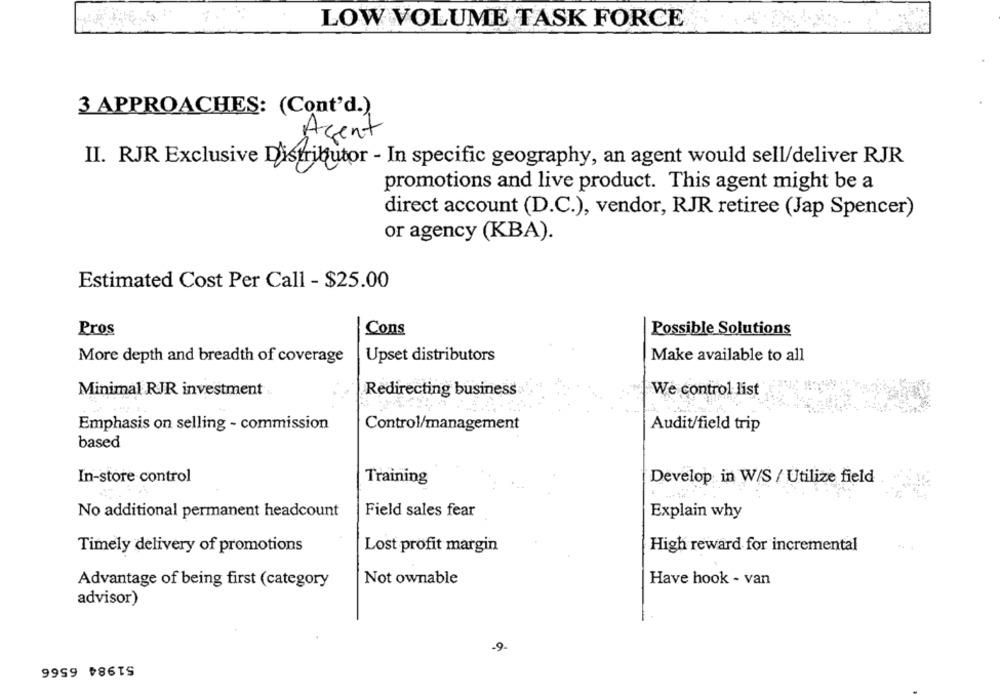
LOW VOLUME TASK FORCE
3 APPROACHES: (Cont'd.)
Agent
II. RJR Exclusive Distributor - In specific geography, an agent would sell/deliver RJR
promotions and live product. This agent might be a
direct account (D.C.), vendor, RJR retiree (Jap Spencer)
or agency (KBA).
Estimated Cost Per Call - $25.00
Pros
Cons
Possible Solutions
More depth and breadth of coverage
Upset distributors
Make available to all
Redirecting business
We control list
Minimal RJR investment ..
Emphasis on selling - commission
Control/management
Audit/field trip
based
In-store control
Training
Develop in W/S / Utilize field
No additional permanent headcount
Field sales fear
Explain why
Timely delivery of promotions
Lost profit margin
High reward for incremental
Advantage of being first (category
Not ownable
Have hook - van
advisor)
-9-
51984 6566